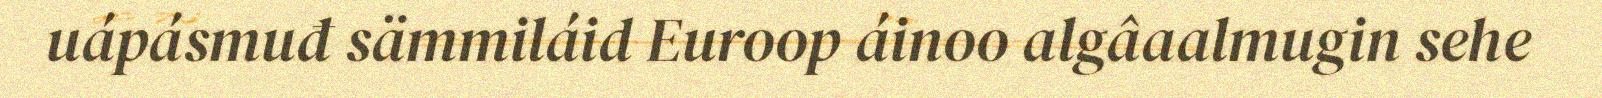
uápásmuđ sämmiláid Euroop áinoo algâaalmugin sehe